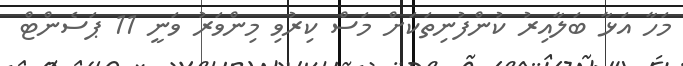
މަހާ އަޅާ ބަލާއިރު ކުންފުނިތަކަށް މަސް ކިރުވި މިންވަރު ވަނީ 11 ޕަސެންޓް